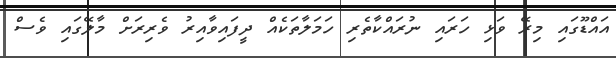
އައްޑޫގައި މިރޭ ވަޅި ހަރައި ނުރައްކާތެރި ހަމަލާތަކެއް ދީފައިވާއިރު ވެރިރަށް މާލޭގައި ވެސް